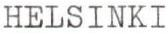
HELSINKI